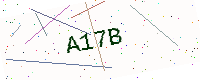
Text: A17B